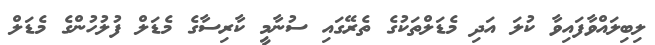
ލިބިލައްވާފައިވާ ކުލަ އަދި މެޑަލްތަކުގެ ތެރޭގައި ސުނާމީ ކާރިސާގެ މެޑަލް ފުލުހުންގެ މެޑަލް